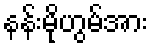
နန်းမိုဟွမ်အား